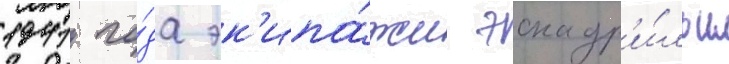
1941 го́да эк'ипа́жи эскадр'и́льи